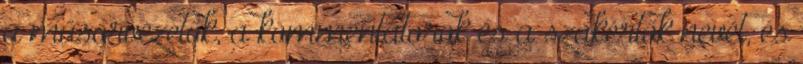
a műsorvezetők, a kommentátorok és a szakértők nevét, és